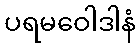
ပရမဝေါဒါနံ